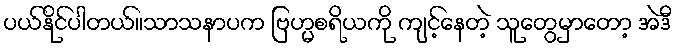
ပယ်နိုင်ပါတယ်။သာသနာပက ဗြဟ္မစရိယကို ကျင့်နေတဲ့ သူတွေမှာတော့ အဲဒီ